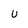
Character: u